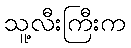
သူ့လီးကြီးက